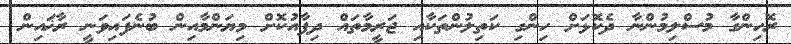
ރޮހިންގާ މުސްލިމުންނާ ދެކޮޅަށް ހިންގި ކަތިލުންތަކާއި ޖަރީމާތައް ދިފާއުކޮށް މިޔަންމާއިން ބުނެފައިވަނީ ރާޚައިން